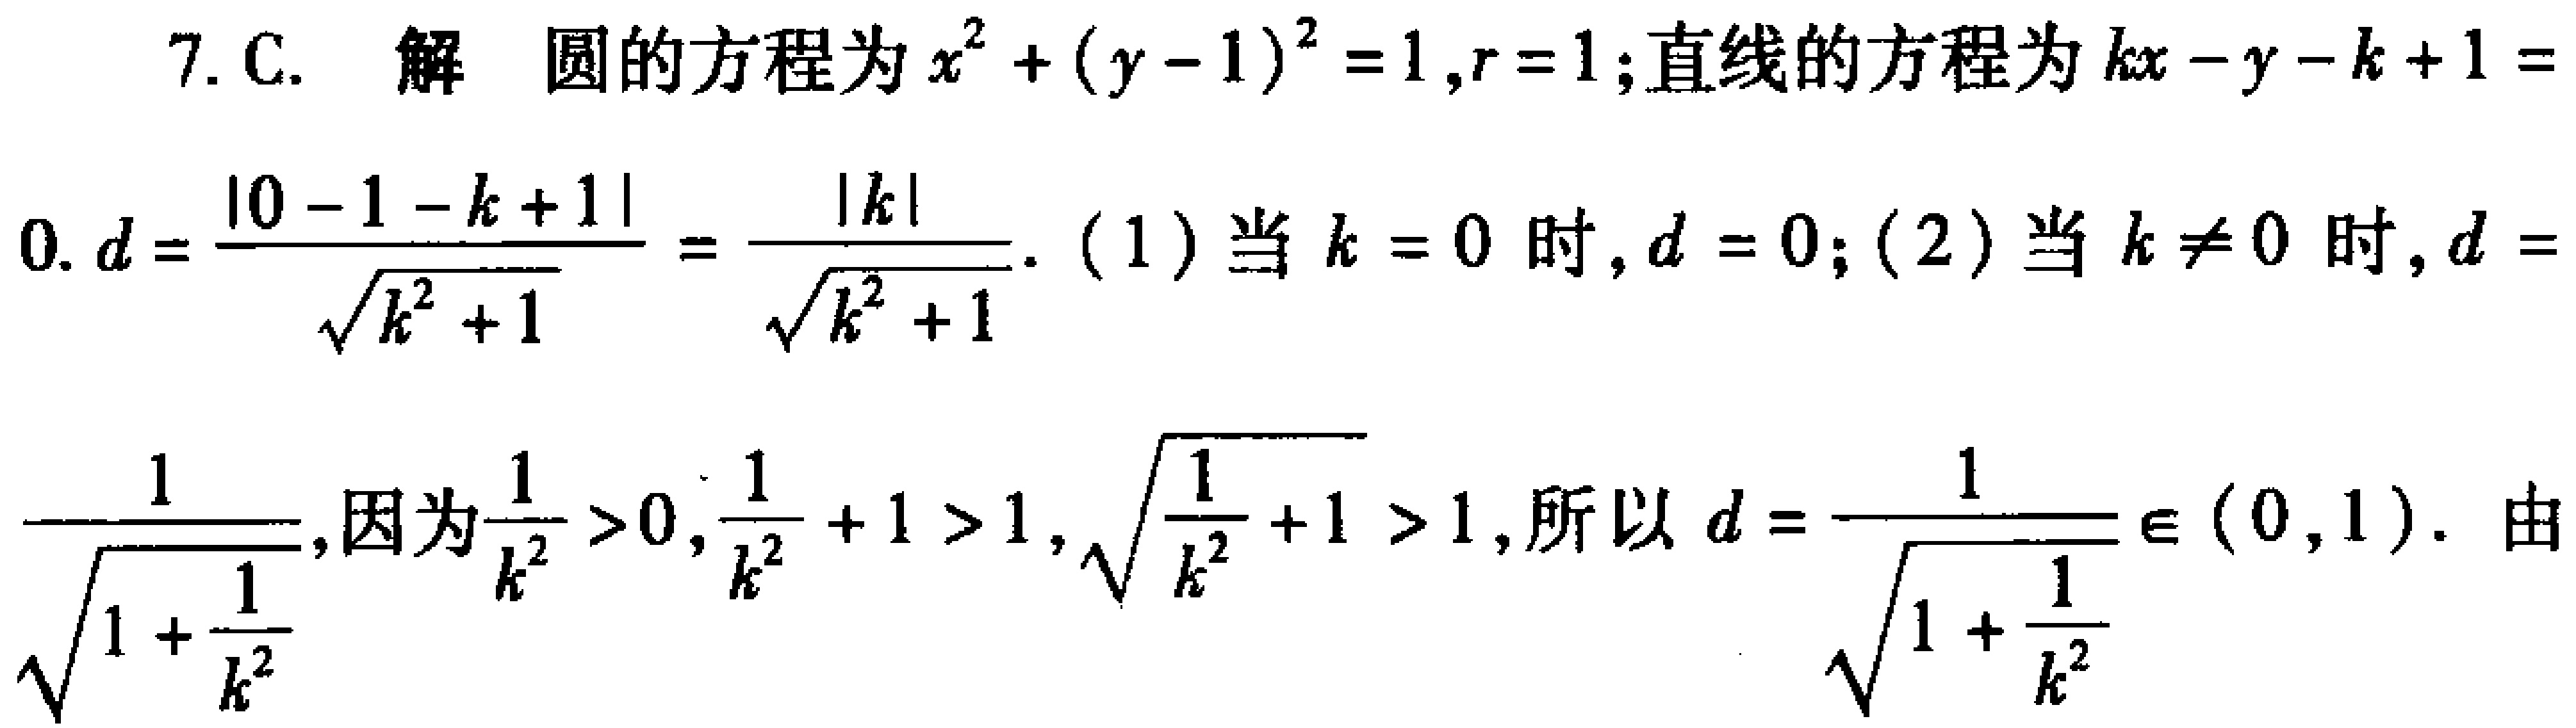
7. C. 解 圆的方程为\(x^{2}+(y - 1)^{2}=1,r = 1\);直线的方程为\(kx - y - k + 1 = 0\). \(d=\frac{|0 - 1 - k + 1|}{\sqrt{k^{2}+1}}=\frac{|k|}{\sqrt{k^{2}+1}}\). (1) 当 \(k = 0\) 时, \(d = 0\); (2) 当 \(k\neq0\) 时, \(d=\frac{1}{\sqrt{1+\frac{1}{k^{2}}}}\),因为\(\frac{1}{k^{2}}>0,\frac{1}{k^{2}} + 1>1,\sqrt{\frac{1}{k^{2}}+1}>1\),所以 \(d=\frac{1}{\sqrt{1+\frac{1}{k^{2}}}}\in(0,1)\). 由